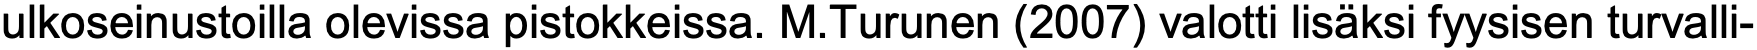
ulkoseinustoilla olevissa pistokkeissa. M.Turunen (2007) valotti lisäksi fyysisen turvalli-